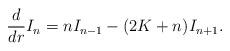
LaTeX: \begin{align*}\frac{d}{dr}I_n = nI_{n-1}-(2K+n)I_{n+1}.\end{align*}